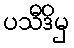
ပသီဒိမှ